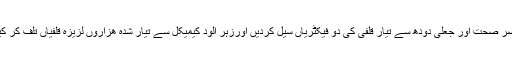
اسی طرح ٹیم نیگندی مضر صحت اور جعلی دودھ سے تیار قلفی کی دو فیکٹریاں سیل کردیں اورزہر الود کیمیکل سے تیار شدہ ھزاروں لزیزہ قلفیاں تلف کر کیکارخانہ کو سیل کر دیا۔